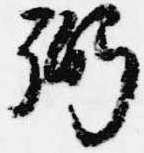
弼